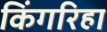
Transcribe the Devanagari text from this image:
किंगरिहा